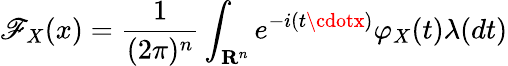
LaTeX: \mathscr{F}_{X}(x)={\frac{{1}}{{(2\pi)^{n}}}}\int_{\mathbf{{R}}^{n}}e^{-i(t\cdotx)}\varphi_{X}(t)\lambda(dt)